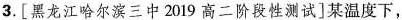
3.[黑龙江哈尔滨三中2019高二阶段性测试]某温度下，